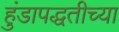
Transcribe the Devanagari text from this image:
हुंडापद्धतीच्या